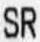
SR